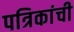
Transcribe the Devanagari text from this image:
पत्रिकांची